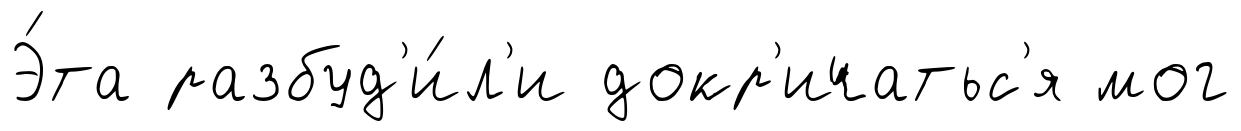
Э́та разбуд'и́л'и докр'ичатьс'я мог